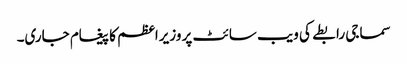
سماجی رابطے کی ویب سائٹ پر وزیراعظم کا پیغام جاری۔